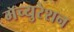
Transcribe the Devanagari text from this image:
मॅच्युरेशन